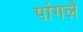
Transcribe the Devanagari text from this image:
पांगले